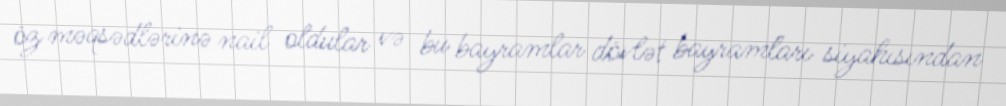
öz məqsədlərinə nail oldular və bu bayramlar dövlət bayramları siyahısından